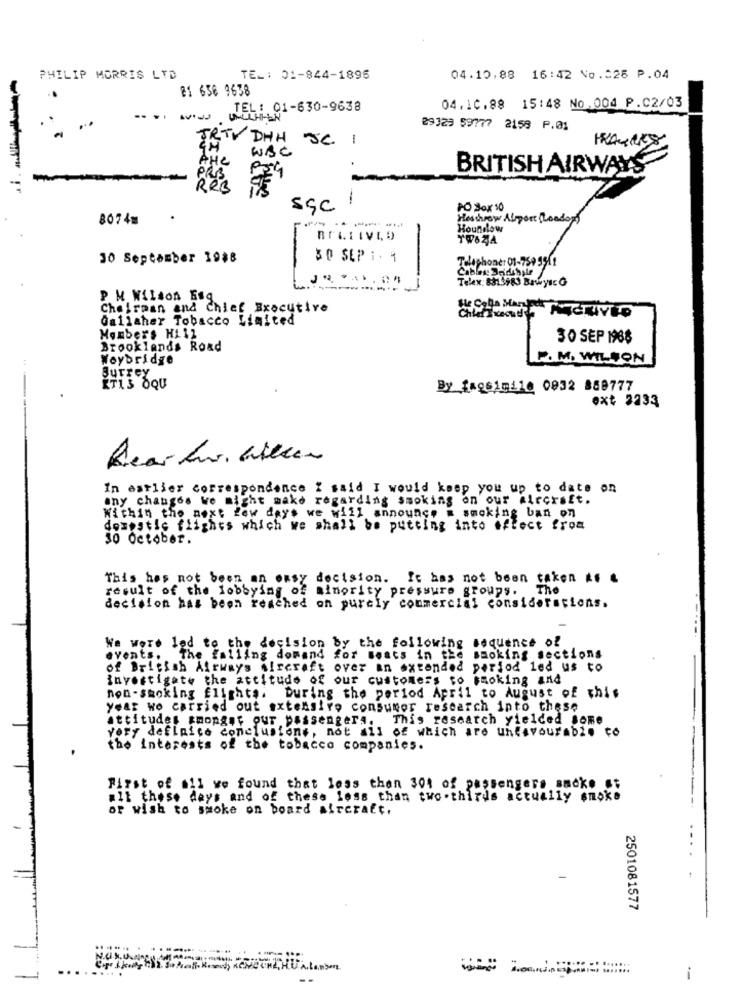
PHILIP MORRIS LTD
TEL: 01-844-1895
04.10.88 16:42 No.526 P.04
81 636 9638
TEL: 01-630-9638
04.10.88 15:48 No.004 P.C2/03
---- J
09329 59777 2158 P.01
RTY DHH SC I
WAC
AHL
BRITISH AIRWAYS
PRB
1
SSC
PO Box 10
8074
Heathrow Airport Roador)
-----
Houndlow
BELLIVED
30 September 19#8
30 SEP : . 1
Telephone: 01-7599911
-
Cables Dedingle
. ..
Telex: 8813983 Bawysc O
P. M Wilson Esq
Chairman and Chief Executive
Gallaher Tobacco Limited
Members Hill
30 SEP 1988
Brooklands Road
Woybridge
P. M. WILSON
Surrey
ET13 OQU
By faQS19410 0932 888777
ext 2233
In earlier correspondence I said I would keep you up to date on
any changes we might make regarding smoking on our aircraft.
Within the next few days we will announce a smoking ban on
domestic flights which we shall be putting into effect from
30 October.
This has not been an easy decision. It has not been taken Af .
result of the lobbying of minority pressure groups.
The
decision has been reached on purely commercial considerations.
We were led to the decision by the following sequence of
events. The falling domand for Beats in the smoking sections
of British Airways Aircraft over an extended period led us to
investigate the attitude of our customers to smoking and
non-smoking flights: During the period April to August of this
year wo carried out extensivo consumer research into these
attitudes amongst our passengers. This research yielded Some
very definite conclusions, not all of which are unfavourable to
the interests of the tobacco companies.
First of all we found that less than 301 of passengers smoke st
all these days and of these Less than two-thirds actually smoke
or wish to smoke on board aircraft,
2501081577
--